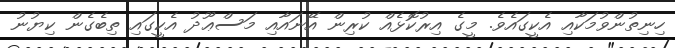
ހިނިތުންވުމަކާއި އެކީގައެވެ. މީގެ އިރުކޮޅެއް ކުރިން އޭނައާއި މަސްޢޫދު އެކީގައި ތިބެގެން ކިޔުނު